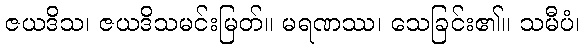
ဇယဒိသ၊ ဇယဒိသမင်းမြတ်။ မရဏဿ၊ သေခြင်း၏။ သမီပံ၊